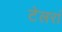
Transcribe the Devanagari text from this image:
टेलरां